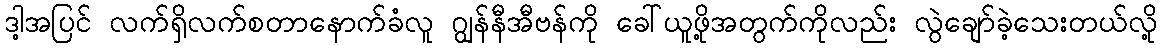
ဒါ့အပြင် လက်ရှိလက်စတာနောက်ခံလူ ဂျွန်နီအီဗန်ကို ခေါ်ယူဖို့အတွက်ကိုလည်း လွဲချော်ခဲ့သေးတယ်လို့